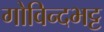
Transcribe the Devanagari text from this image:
गोविन्दभट्ट